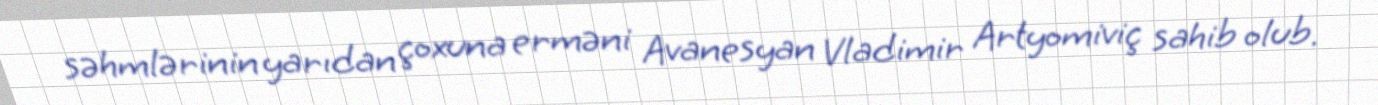
səhmlərinin yarıdan çoxuna erməni Avanesyan Vladimir Artyomiviç sahib olub.